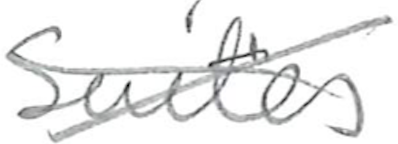
Text: Suits
Cross-out: cross
Writing tool: pencil